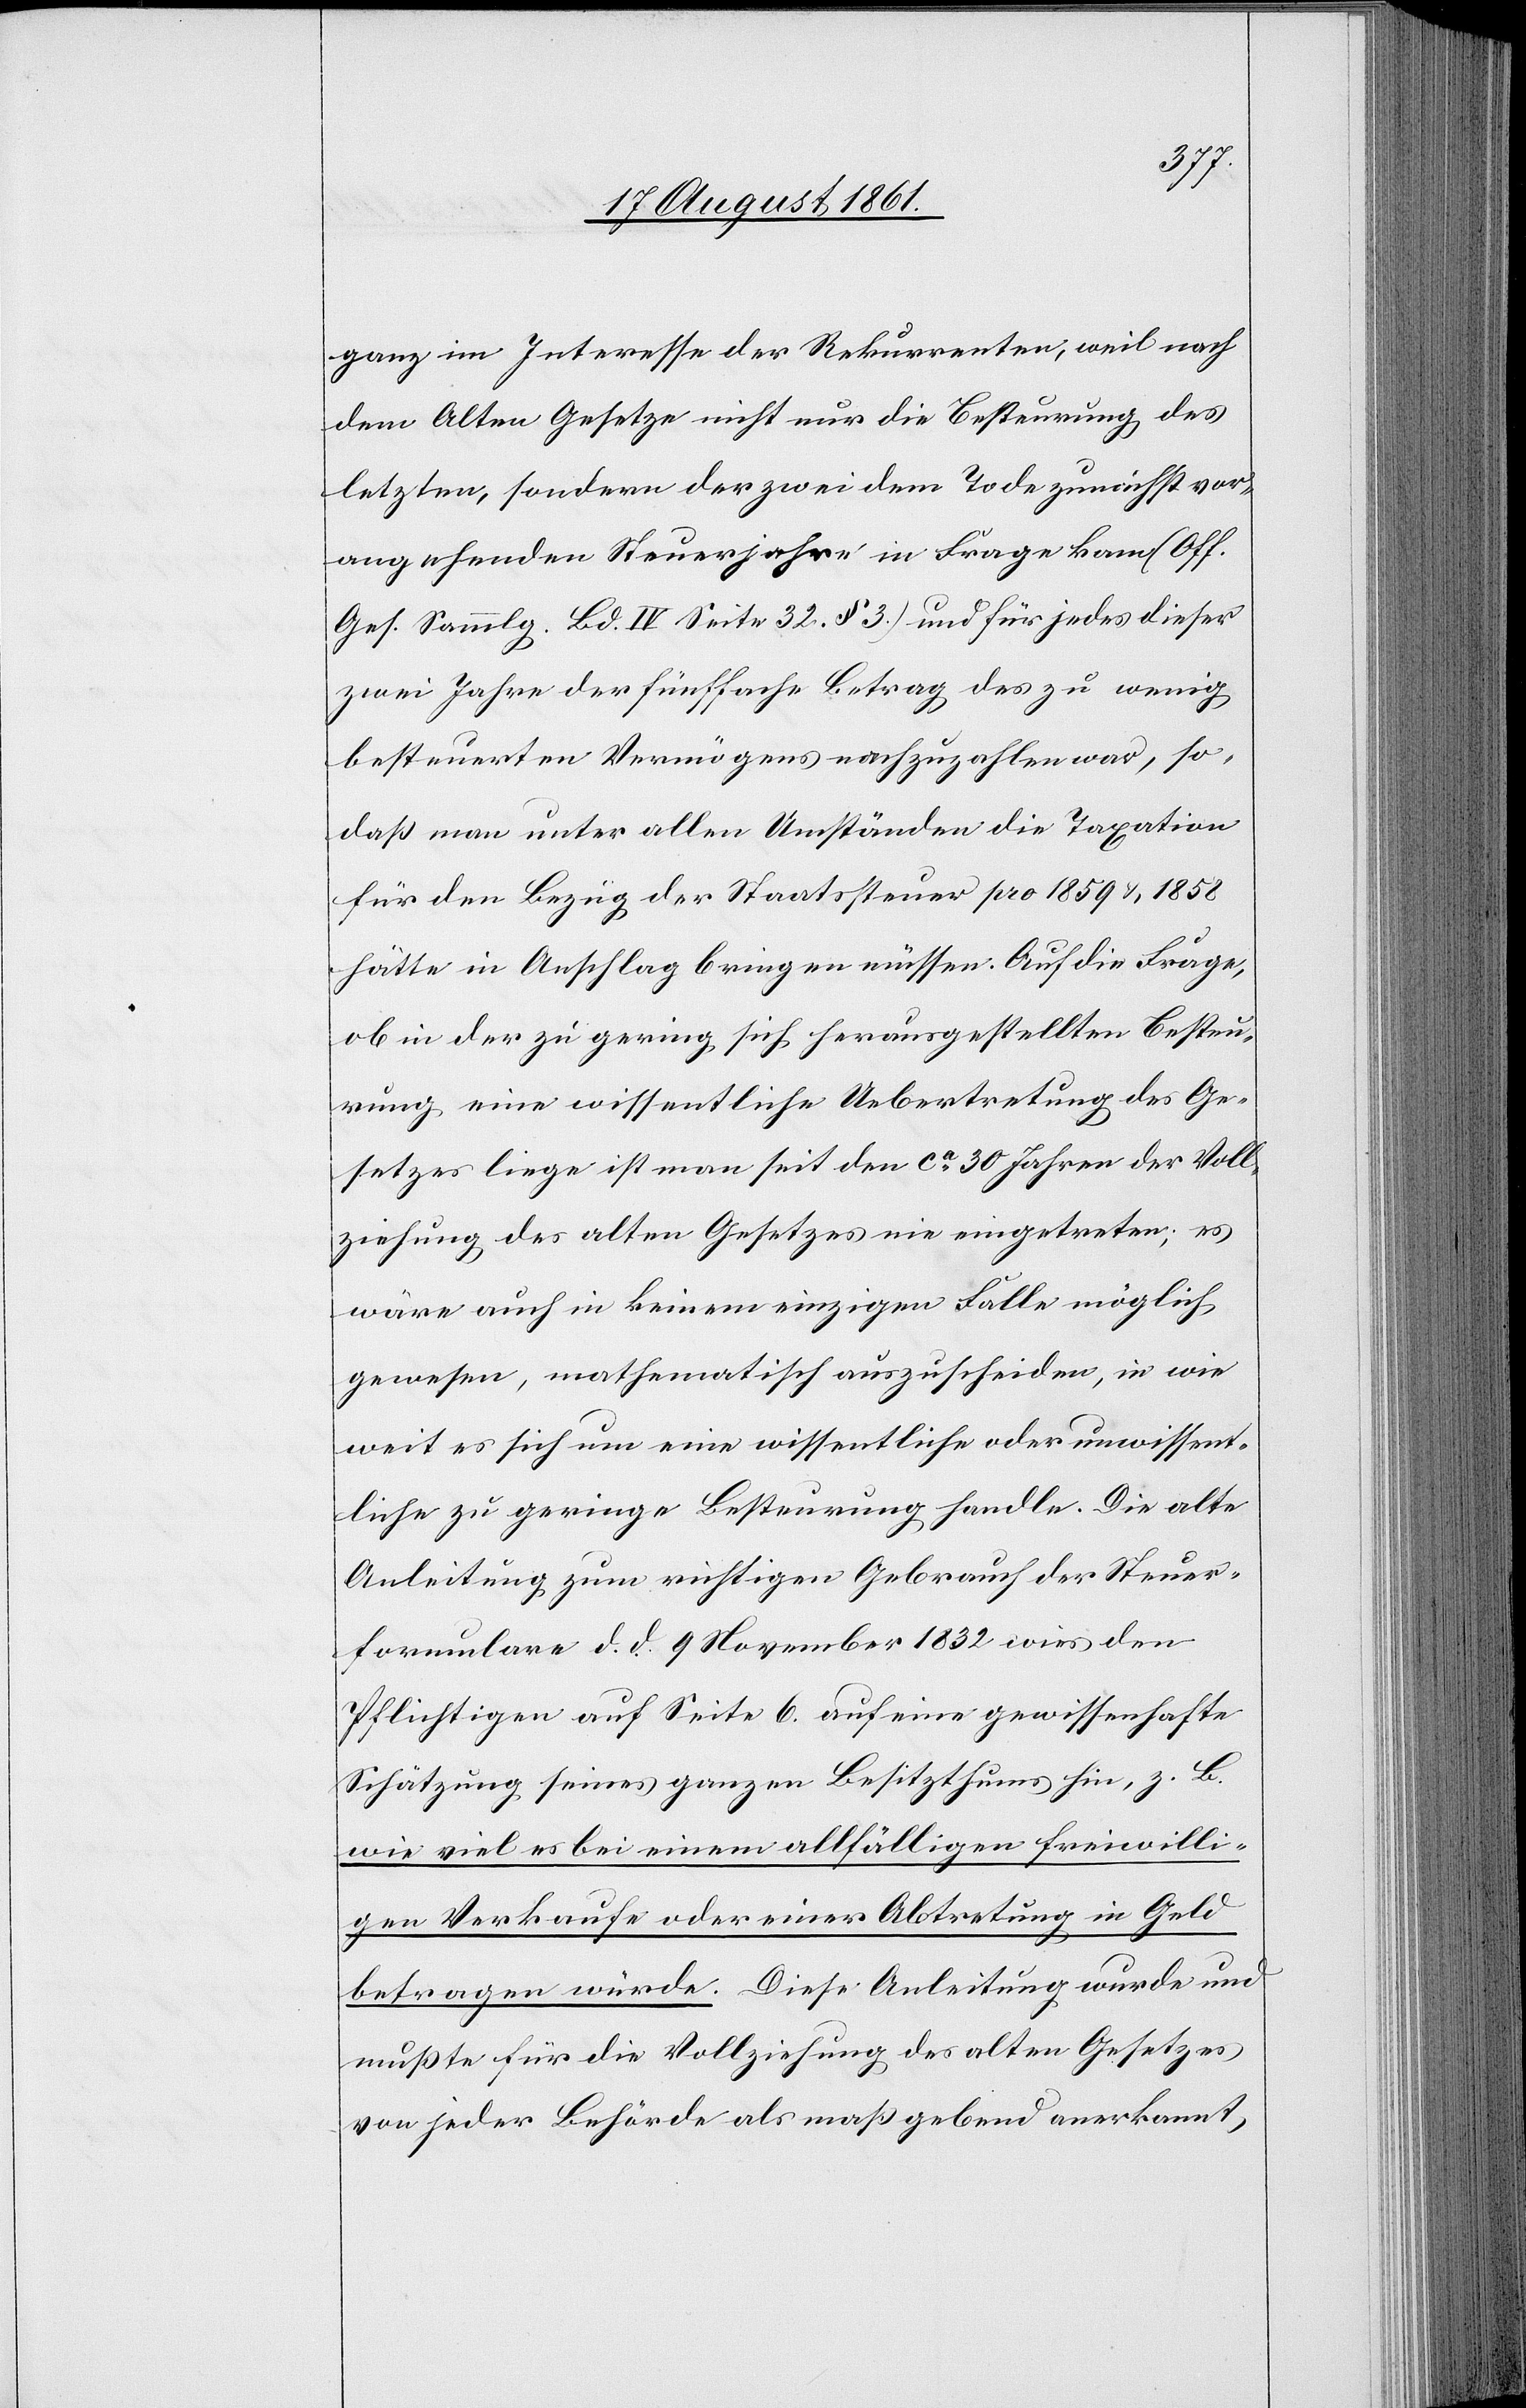
ganz im Interesse der Rekurrenten, weil nach
dem Alten Gesetze nicht nur die Besteuerung des
letzten, sondern der zwei dem Tode zunächst vor¬
angehenden Steuerjahre in Frage kam (Off.
Ges. Sammlg. Bd. IV Seite 32 § 3) und für jedes dieser
zwei Jahre der fünffache Betrag des zu wenig
besteuerten Vermögens nachzuzahlen war, so,
daß man unter allen Umständen die Taxation
für den Bezug der Staatssteuer pro 1859 u. 1858
hätte in Anschlag bringen müssen. Auf die Frage,
ob in der zu gering sich herausgestellten Besteu¬
rung eine wissentliche Uebertretung des Ge¬
setzes liege ist man seit den ca 30 Jahren der Voll¬
ziehung des alten Gesetzes nie eingetreten; es
wäre auch in keinem einzigen Falle möglich
gewesen, mathematisch auszuscheiden, in wie
weit es sich um eine wissentliche oder unwissent¬
liche zu geringe Besteuerung handle. Die alte
Anleitung zum richtigen Gebrauch der Steuer¬
formulare d. d. 9 November 1832 wies den
Pflichtigen auf Seite 6 auf eine gewissenhafte
Schätzung seines ganzen Besitzthums hin, z. B.
wie viel es bei einem allfälligen freiwilli¬
gen Verkaufe oder einer Abtretung in Geld
betragen würde. Diese Anleitung wurde und
mußte für die Vollziehung des alten Gesetzes
von jeder Behörde als maßgebend anerkannt,